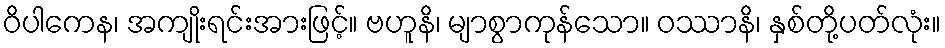
ဝိပါကေန၊ အကျိုးရင်းအားဖြင့်။ ဗဟူနိ၊ မျာစွာကုန်သော။ ဝဿာနိ၊ နှစ်တို့ပတ်လုံး။